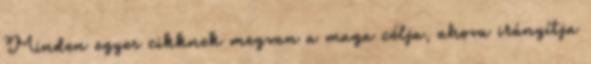
Minden egyes cikknek megvan a maga célja, ahova irányítja